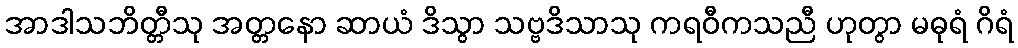
အာဒါသဘိတ္တီသု အတ္တနော ဆာယံ ဒိသွာ သဗ္ဗဒိသာသု ကရဝီကသညီ ဟုတွာ မဓုရံ ဂိရံ